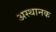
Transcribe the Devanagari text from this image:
अस्थानक